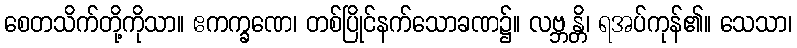
စေတသိက်တို့ကိုသာ။ ဧကက္ခဏေ၊ တစ်ပြိုင်နက်သောခဏ၌။ လဗ္ဘန္တိ၊ ရအပ်ကုန်၏။ သေသာ၊